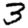
Digit: 3